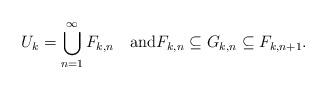
LaTeX: \begin{gather*} U_k=\bigcup_{n=1}^\infty F_{k,n}\quad\mbox{and}F_{k,n}\subseteq G_{k,n}\subseteq F_{k,n+1}.\end{gather*}